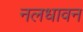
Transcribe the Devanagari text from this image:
नलधावन